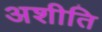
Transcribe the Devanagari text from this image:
अशीति